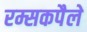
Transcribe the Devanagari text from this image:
रम्सकपैले